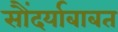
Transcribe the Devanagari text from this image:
सौंदर्याबाबत